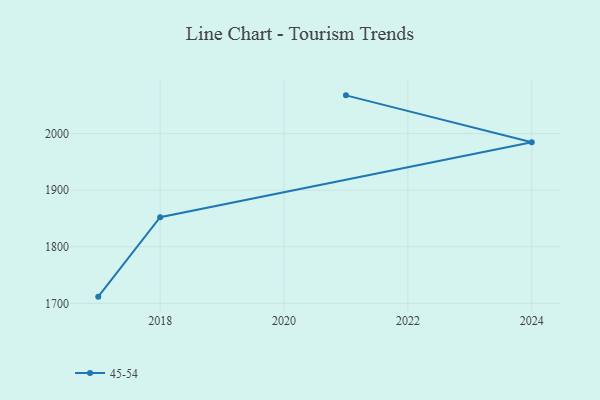
{"axis": {"x": "Year", "y": "Churn Rate (%)"}, "legend": ["45-54"], "data": [{"x": "2021", "y": 2067.7, "type": "45-54"}, {"x": "2024", "y": 1984.8, "type": "45-54"}, {"x": "2018", "y": 1852.3, "type": "45-54"}, {"x": "2017", "y": 1711.8, "type": "45-54"}]}